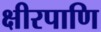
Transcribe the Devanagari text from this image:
क्षीरपाणि